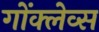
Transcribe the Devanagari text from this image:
गोंक्लेव्स